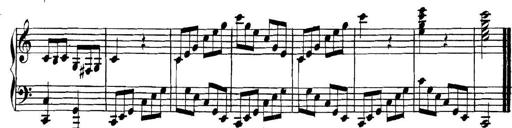
Title: Collected Piano Sonatas
Composer: Muzio Clementi